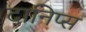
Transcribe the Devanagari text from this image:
दानिप्स